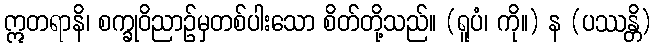
ဣတရာနိ၊ စက္ခုဝိညာဉ်မှတစ်ပါးသော စိတ်တို့သည်။ (ရူပံ၊ ကို။) န (ပဿန္တိ)